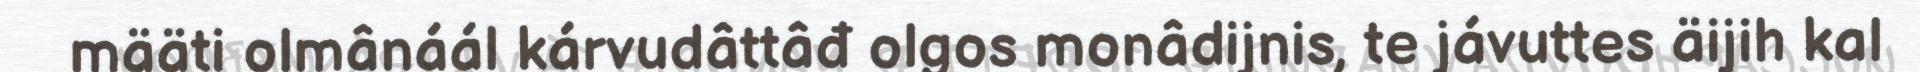
määti olmânáál kárvudâttâđ olgos monâdijnis, te jávuttes äijih kal